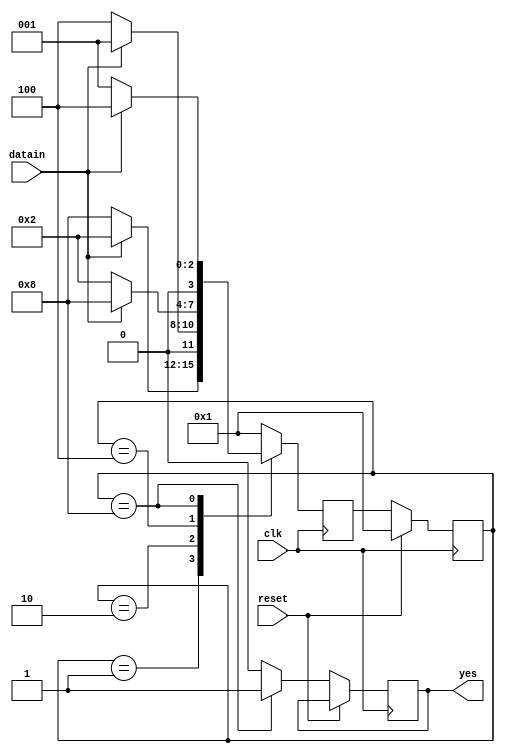
module FSM_1(
    input clk, datain, reset,
    output yes
    );
reg	yes;
parameter SIZE = 4;
parameter EE  = 4'b0001, EO= 4'b0010, OO = 4'b0100, OE=4'b1000 ;
reg   [SIZE-1:0]	state ,next_state   ;
always @(negedge clk)
begin
 case(state)
	EE : if (datain == 0)
				next_state = OE;
				else next_state= EO;
	EO : if (datain == 0)
				next_state = OO;
				else next_state= EE;
	OO : if (datain == 0)
				next_state = EO;
				else next_state= OE;
	OE : if (datain == 0)
				next_state = EE;
				else next_state= OO;
	default : next_state = EE;
 endcase
 end

always @ (negedge clk)
begin : FSM_SEQ
	if (reset == 1'b1) begin
		state <=EE;
	end 
	else	
//end
//always @ (posedge clk)
//begin 
//if (reset==1'b0 && state==OE) 
//	yes=1;
//else 
begin
state <=next_state;
	case(state)
		EE : yes=0;
		EO : yes=0;
		OO : yes=0;
		OE : yes=1;
		default : yes=0;
	endcase
	end
end

endmodule